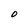
Character: O